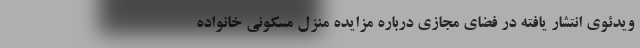
ویدئوی انتشار یافته در فضای مجازی درباره مزایده منزل مسکونی خانواده